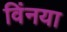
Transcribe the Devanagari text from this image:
विंनया